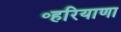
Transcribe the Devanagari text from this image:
॰हरियाणा